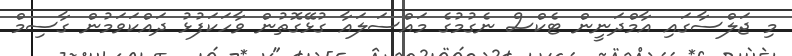
މި ޖަލްސާގައި އާމްދަނީން ޓެކްސް ނެގުމުގެ މައްސަލައާ ގުޅޭގޮތުން ވާހަކަފުޅު ދައްކަވަމުން ގާސިމް